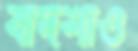
বাদশাও